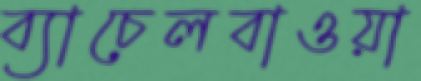
ব্যাচেলবাওয়া